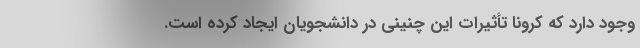
وجود دارد که کرونا تأثیرات این چنینی در دانشجویان ایجاد کرده است.